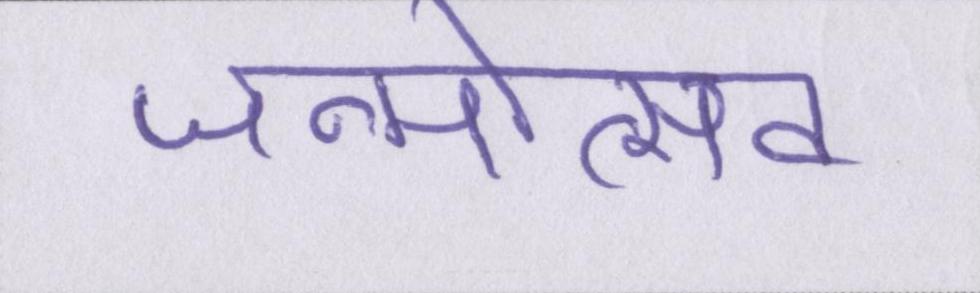
जन्मोत्सव